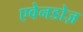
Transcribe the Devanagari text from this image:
एवेनडोज़